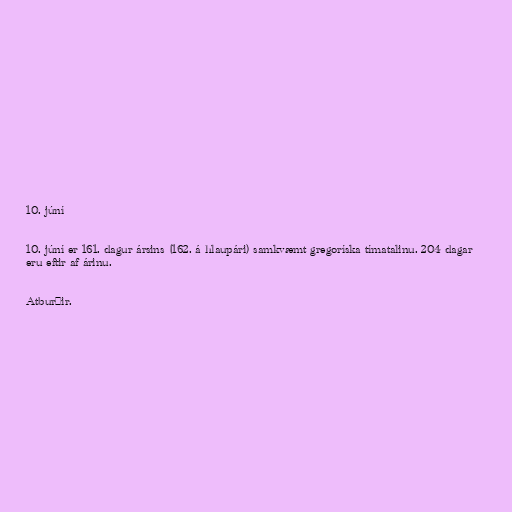
10. júní

10. júní er 161. dagur ársins (162. á hlaupári) samkvæmt gregoríska tímatalinu. 204 dagar
eru eftir af árinu.

Atburðir.